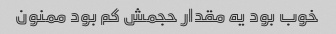
خوب بود یه مقدار حجمش کم بود ممنون